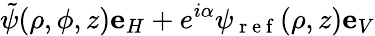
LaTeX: \tilde{\psi}(\rho,\phi,z)\mathbf{e}_{H}+e^{i\alpha}\psi_{\mathrm{~r~e~f~}}(\rho,z)\mathbf{e}_{V}